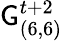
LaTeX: \mathsf{G}_{(6,6)}^{t+2}